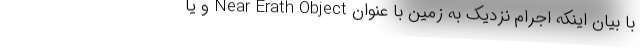
با بیان اینکه اجرام نزدیک به زمین با عنوان Near Erath Object و یا